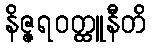
နိဇ္ဇရဝတ္ထူနီတိ